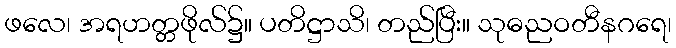
ဖလေ၊ အရဟတ္တဖိုလ်၌။ ပတိဋ္ဌာသိ၊ တည်ပြီး။ သုဓညဝတီနဂရေ၊